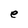
Character: e